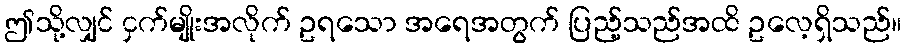
ဤသို့လျှင် ငှက်မျိုးအလိုက် ဥရသော အရေအတွက် ပြည့်သည်အထိ ဥလေ့ရှိသည်။